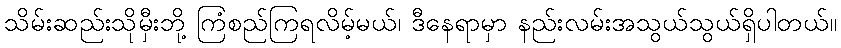
သိမ်းဆည်းသိုမှီးဘို့ ကြံစည်ကြရလိမ့်မယ်၊ ဒီနေရာမှာ နည်းလမ်းအသွယ်သွယ်ရှိပါတယ်။